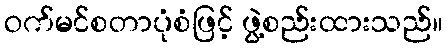
ဝက်မင်စတာပုံစံဖြင့် ဖွဲ့စည်းထားသည်။